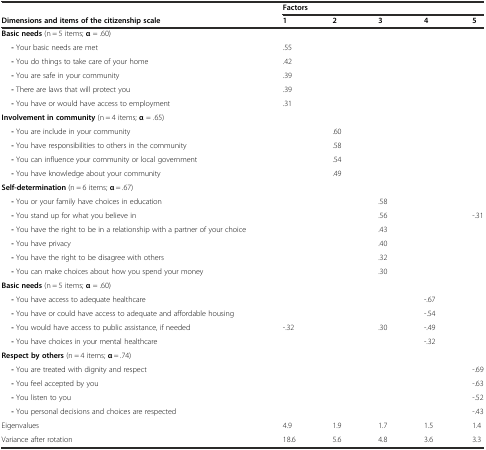
|  | <COLSPAN=5> Factors |
 | Dimensions and items of the citizenship scale | 1 | 2 | 3 | 4 | 5 |
 | --- | --- | --- | --- | --- | --- |
 | Basic needs (n = 5 items; α = .60) |  |  |  |  |  |
 | - Your basic needs are met | .55 |  |  |  |  |
 | - You do things to take care of your home | .42 |  |  |  |  |
 | - You are safe in your community | .39 |  |  |  |  |
 | - There are laws that will protect you | .39 |  |  |  |  |
 | - You have or would have access to employment | .31 |  |  |  |  |
 | Involvement in community (n = 4 items; α = .65) |  |  |  |  |  |
 | - You are include in your community |  | .60 |  |  |  |
 | - You have responsibilities to others in the community |  | .58 |  |  |  |
 | - You can influence your community or local government |  | .54 |  |  |  |
 | - You have knowledge about your community |  | .49 |  |  |  |
 | Self-determination (n = 6 items; α = .67) |  |  |  |  |  |
 | - You or your family have choices in education |  |  | .58 |  |  |
 | - You stand up for what you believe in |  |  | .56 |  | -.31 |
 | - You have the right to be in a relationship with a partner of your choice |  |  | .43 |  |  |
 | - You have privacy |  |  | .40 |  |  |
 | - You have the right to be disagree with others |  |  | .32 |  |  |
 | - You can make choices about how you spend your money |  |  | .30 |  |  |
 | Basic needs (n = 5 items; α = .60) |  |  |  |  |  |
 | - You have access to adequate healthcare |  |  |  | -.67 |  |
 | - You have or could have access to adequate and affordable housing |  |  |  | -.54 |  |
 | - You would have access to public assistance, if needed | -.32 |  | .30 | -.49 |  |
 | - You have choices in your mental healthcare |  |  |  | -.32 |  |
 | Respect by others (n = 4 items; α = .74) |  |  |  |  |  |
 | - You are treated with dignity and respect |  |  |  |  | -.69 |
 | - You feel accepted by you |  |  |  |  | -.63 |
 | - You listen to you |  |  |  |  | -.52 |
 | - You personal decisions and choices are respected |  |  |  |  | -.43 |
 | Eigenvalues | 4.9 | 1.9 | 1.7 | 1.5 | 1.4 |
 | Variance after rotation | 18.6 | 5.6 | 4.8 | 3.6 | 3.3 |